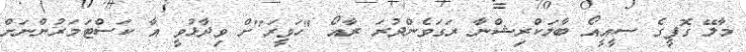
މާލޭ ގޮފީގެ ސީއީއޯ ބާލަކްރިޝްނާ ރަގަވެންދުރަ ރާއޯ "ހަވީރަ"ށް ވިދާޅުވީ އާ ކަސްޓަމަރުންނަށް